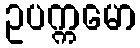
ဥပက္ကမော